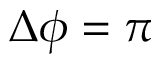
\Delta \phi = \pi